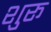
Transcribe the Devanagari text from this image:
शुरू